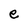
Character: e